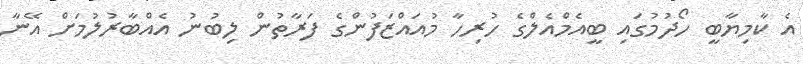
އެ ކާމިޔާބީ ހޯދުމުގައި ބީއެމްއެލްގެ ހުރިހާ މުއައްޒަފުންގެ ފަރާތުން ލިބުނު އެއްބާރުލުމަށް އޭނާ